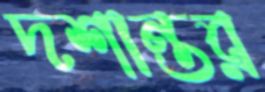
দশান্তর